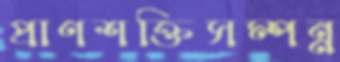
প্রাণশক্তিসম্পন্ন